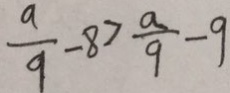
\frac { a } { 9 } - 8 > \frac { a } { 9 } - 9